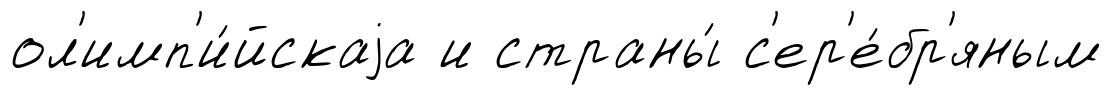
ол'имп'и́йскаjа и страны́ с'ер'е́бр'яным